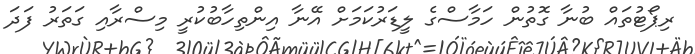
ރިޕޯޓުތައް ބުނާ ގޮތުން ހަމާސްގެ ލީޑަރުކަމަށް އޭނާ އިންތިހާބުކުރީ މިސްރާއި ގަތަރު ފަދަ